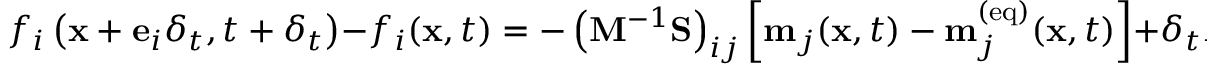
f _ { i } \left( \mathbf { x } + \mathbf { e } _ { i } \delta _ { t } , t + \delta _ { t } \right) - f _ { i } ( \mathbf { x } , t ) = - \left( \mathbf { M } ^ { - 1 } \mathbf { S } \right) _ { i j } \left[ \mathbf { m } _ { j } ( \mathbf { x } , t ) - \mathbf { m } _ { j } ^ { ( \mathrm { e q } ) } ( \mathbf { x } , t ) \right] + \delta _ { t } F _ { i } ^ { ' }